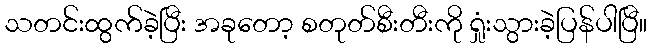
သတင်းထွက်ခဲ့ပြီး အခုတော့ စတုတ်စီးတီးကို ရှုံးသွားခဲ့ပြန်ပါပြီ။